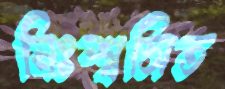
নিঃশ্বসিত